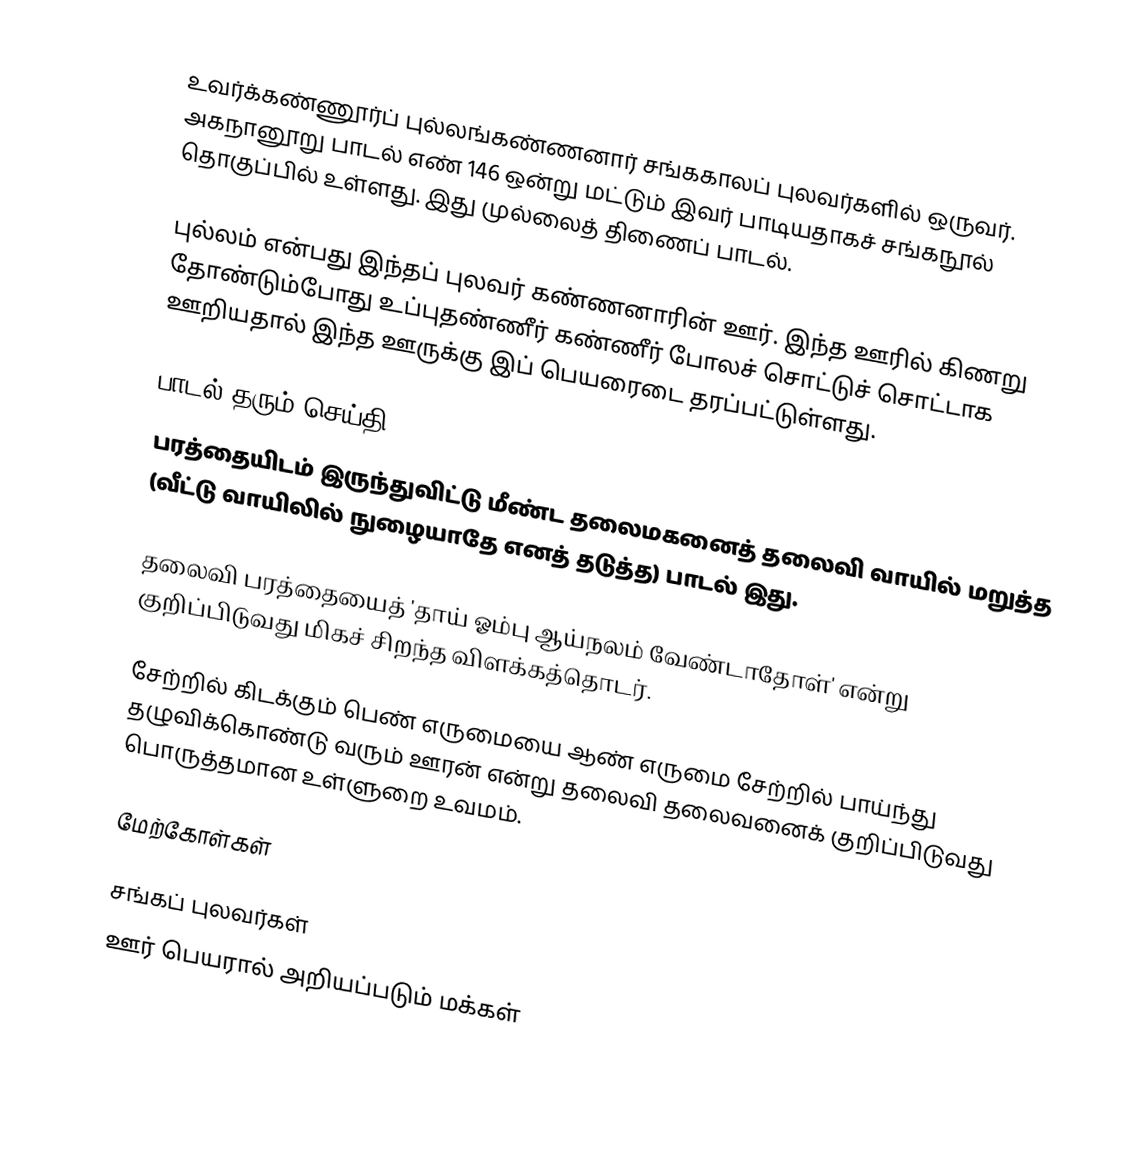
உவர்க்கண்ணூர்ப் புல்லங்கண்ணனார் சங்ககாலப் புலவர்களில் ஒருவர். அகநானூறு பாடல் எண் 146 ஒன்று மட்டும் இவர் பாடியதாகச் சங்கநூல் தொகுப்பில் உள்ளது. இது முல்லைத் திணைப் பாடல்.

புல்லம் என்பது இந்தப் புலவர் கண்ணனாரின் ஊர். இந்த ஊரில் கிணறு தோண்டும்போது உப்புதண்ணீர் கண்ணீர் போலச் சொட்டுச் சொட்டாக ஊறியதால் இந்த ஊருக்கு இப் பெயரைடை தரப்பட்டுள்ளது.

பாடல் தரும் செய்தி
பரத்தையிடம் இருந்துவிட்டு மீண்ட தலைமகனைத் தலைவி வாயில் மறுத்த (வீட்டு வாயிலில் நுழையாதே எனத் தடுத்த) பாடல் இது.

தலைவி பரத்தையைத் 'தாய் ஓம்பு ஆய்நலம் வேண்டாதோள்' என்று குறிப்பிடுவது மிகச் சிறந்த விளக்கத்தொடர்.

சேற்றில் கிடக்கும் பெண் எருமையை ஆண் எருமை சேற்றில் பாய்ந்து தழுவிக்கொண்டு வரும் ஊரன் என்று தலைவி தலைவனைக் குறிப்பிடுவது பொருத்தமான உள்ளுறை உவமம்.

மேற்கோள்கள்

சங்கப் புலவர்கள்
ஊர் பெயரால் அறியப்படும் மக்கள்